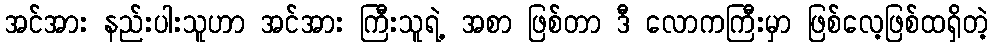
အင်အား နည်းပါးသူဟာ အင်အား ကြီးသူရဲ့ အစာ ဖြစ်တာ ဒီ လောကကြီးမှာ ဖြစ်လေ့ဖြစ်ထရှိတဲ့